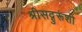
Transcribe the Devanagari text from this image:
श्रीसद्गुरूंशी